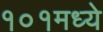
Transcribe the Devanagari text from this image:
१०१मध्ये